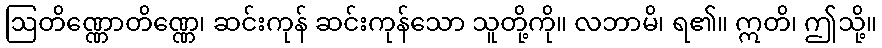
ဩတိဏ္ဏောတိဏ္ဏေ၊ ဆင်းကုန် ဆင်းကုန်သော သူတို့ကို။ လဘာမိ၊ ရ၏။ ဣတိ၊ ဤသို့။